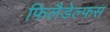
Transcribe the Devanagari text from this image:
फिलैडेल्फस